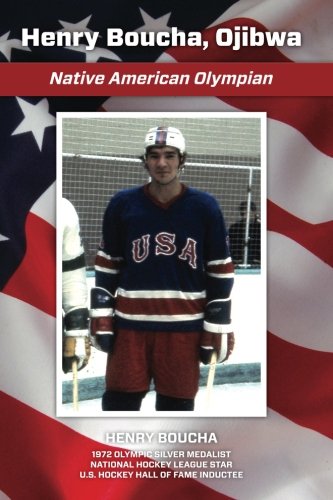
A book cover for Henry Boucha, Ojibwa, Native American Olympian; Mr Henry Charles Boucha Sr; Biographies & Memoirs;